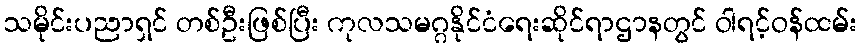
သမိုင်းပညာရှင် တစ်ဦးဖြစ်ပြီး ကုလသမဂ္ဂနိုင်ငံရေးဆိုင်ရာဌာနတွင် ဝါရင့်ဝန်ထမ်း